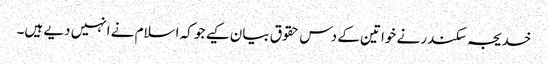
خدیجہ سکندر نے خواتین کے دس حقوق بیان کیے جو کہ اسلام نے انہیں دیے ہیں۔